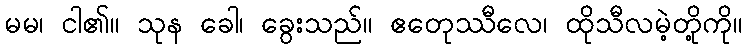
မမ၊ ငါ၏။ သုန ခေါ၊ ခွေးသည်။ ဧတေုဿီလေ၊ ထိုသီလမဲ့တို့ကို။